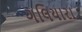
ગલિયારા